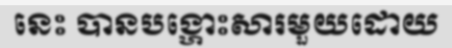
នេះ បានបង្ហោះសារមួយដោយ